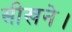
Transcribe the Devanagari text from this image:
सीखने।